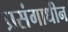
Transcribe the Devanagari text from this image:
प्रसंगाधीन